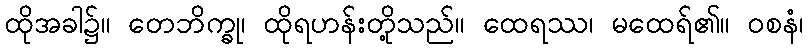
ထိုအခါ၌။ တေဘိက္ခု၊ ထိုရဟန်းတို့သည်။ ထေရဿ၊ မထေရ်၏။ ဝစနံ၊